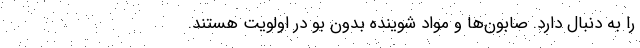
را به‌ دنبال دارد. صابون‌ها و مواد شوینده بدون‌ بو در اولویت هستند.